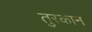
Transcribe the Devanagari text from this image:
तुरकान